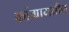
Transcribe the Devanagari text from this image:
कांग्रामधील